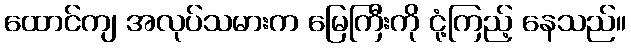
ထောင်ကျ အလုပ်သမားက မြေကြီးကို ငုံ့ကြည့် နေသည်။